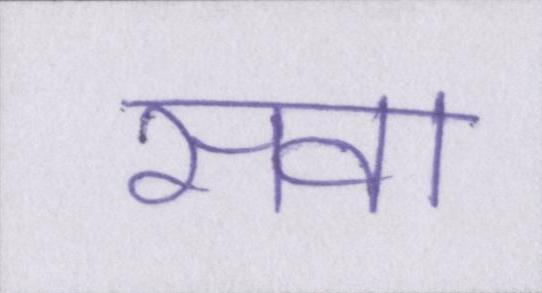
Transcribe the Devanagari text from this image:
सवा